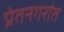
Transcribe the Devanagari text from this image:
प्रेतनगरांत